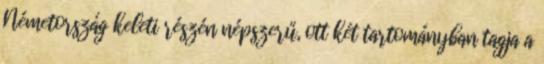
Németország keleti részén népszerű, ott két tartományban tagja a